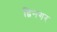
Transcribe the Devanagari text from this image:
द्विनगर